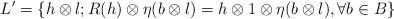
LaTeX: \begin{align*} L'=\{h\otimes l; R(h)\otimes \eta (b\otimes l)=h\otimes 1\otimes \eta (b\otimes l),\forall b\in B\} \end{align*}